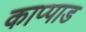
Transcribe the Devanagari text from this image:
काप्पाड